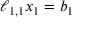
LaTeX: \ell _ { 1 , 1 } x _ { 1 } = b _ { 1 }